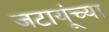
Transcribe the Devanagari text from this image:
जटायूंच्या